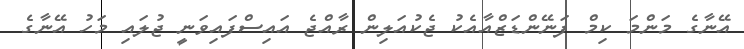
އޭނާގެ މަންމަ ކިމް ފަނޭންޑަޒްއާއެކު ޖެކުއަލިން ރާއްޖެ އައިސްފައިވަނީ ޖުލައި މަހު އޭނާގެ